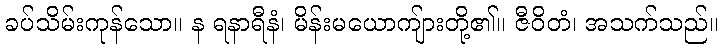
ခပ်သိမ်းကုန်သော။ န ရနာရီနံ၊ မိန်းမယောကျ်ားတို့၏။ ဇီဝိတံ၊ အသက်သည်။